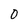
Character: 0